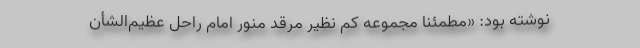
نوشته بود: «مطمئناً مجموعه كم نظیر مرقد منور امام راحل عظیم‌الشأن